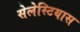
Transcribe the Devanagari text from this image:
सेलेस्टियास